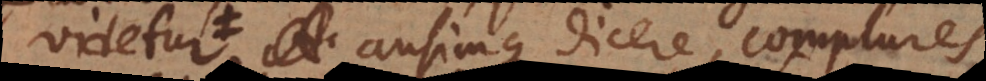
animadvertunt; ausimque dicere, complures